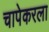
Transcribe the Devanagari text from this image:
चापेकरला